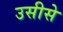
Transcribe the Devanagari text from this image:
उसीसे